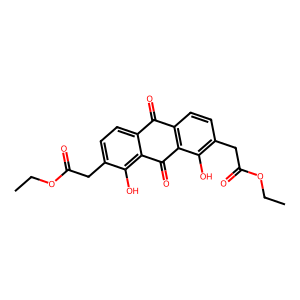
SMILES: CCOC(=O)Cc1ccc2c(c1O)C(=O)c1c(ccc(CC(=O)OCC)c1O)C2=O
Inhibits HIV replication: No